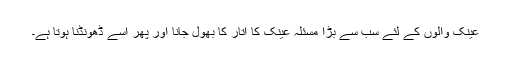
عینک والوں کے لئے سب سے بڑا مسئلہ عینک کا اتار کا بھول جانا اور پھر اسے ڈھونڈنا ہوتا ہے۔